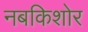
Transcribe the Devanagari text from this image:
नबकिशोर